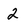
Character: 2